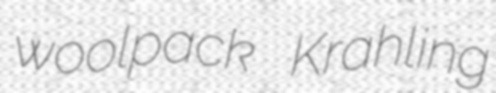
woolpack Krahling